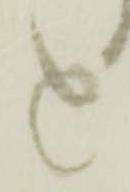
と